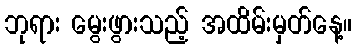
ဘုရား မွေးဖွားသည့် အထိမ်းမှတ်နေ့။